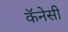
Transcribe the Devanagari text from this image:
कॅनेसी